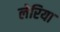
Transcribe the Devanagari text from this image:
लेरिया